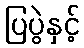
ပြပွဲနှင့်